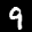
Label: 9